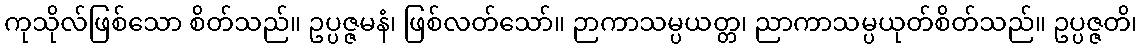
ကုသိုလ်ဖြစ်သော စိတ်သည်။ ဥပ္ပဇ္ဇမနံ၊ ဖြစ်လတ်သော်။ ဉာကာသမ္ပယတ္တ၊ ညာကာသမ္ပယုတ်စိတ်သည်။ ဥပ္ပဇ္ဇတိ၊